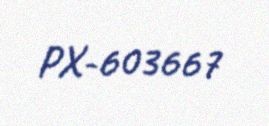
PX-603667